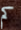
كم